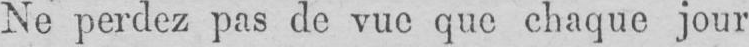
Ne perdez pas de vue que chaque jour